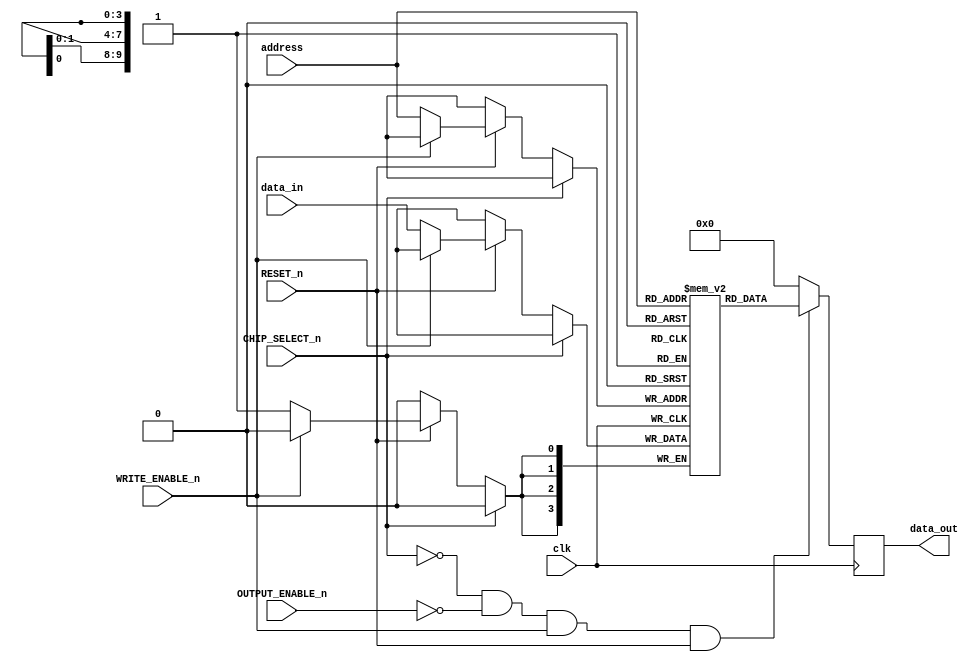
/*
Am9150 1024x4 High-Speed Static R/W RAM 

DISTINCTIVE CHARACTERISTICS
 1024 x 4 organization 
 High speed - 20 ns Max. access time 
 Separate data inputs and outputs 
 Memory reset function 
 High density SLIM 24-pin 300-MIL package 
 Three-state output buffers 
 Single + 5 V power supply  10% 
 Low-power version 

GENERAL DESCRIPTION

The Am9150 is a high-performance, static, n-channel, read/write, random-access memory organized as 1024 x 4. 
It features single 5 V supply operation, TTL-compatible input and output levels, and separate input and output pins for improved system performance and ease of use. 

The Am9150 also incorporates a reset feature which will reset the entire contents of the memory to logical LOW in two cycle times by controlling /R (RESET) and /S (CS). 
The Am9150 has four control signals /R, /S, /W and /G. 
The /S input controls read, write and reset operations of the device and provides for easy selection of an individual device when the outputs are tied together. 
The /W (/WE) input controls the normal read and write operations, and the /G (/OE) controls the state of the outputs. 

http://www.sintran.com/library/libother/extern/AM9150.pdf

*/
module Am9150_w_clock (
    input wire clk,                 // Clock input (not part of the original Am9150, but useful for simulation)
    input wire [9:0] address,       // 10-bit address for 1024 locations
    input wire [3:0] data_in,       // 4-bit data input (D0-D3)
    output reg [3:0] data_out,      // 4-bit data output (Q0-Q3)
    input wire WRITE_ENABLE_n,      // Write Enable (active low)
    input wire CHIP_SELECT_n,       // Chip Select (active low)
    input wire OUTPUT_ENABLE_n,     // Output Enable (active low)
    input wire RESET_n              // Reset (active low)
);
    //integer i;

    // Memory array
    reg [3:0] memory_array [1023:0];

    // Read, write and reset operations
    always @(posedge clk) begin

        if (!CHIP_SELECT_n) begin
            if (!RESET_n) begin
                // Reset operation: set all memory locations to 0                
                // Doesnt work with block-ram.. 
                // TODO: Need to find a way to reset the block-ram
                //for (i = 0; i < 1024; i = i + 1) begin
                //    memory_array[i] <= 4'b0000;
                //end
            end else if (!WRITE_ENABLE_n) begin
                // Write operation: active when chip is selected and write enable is low
                memory_array[address] <= data_in;
            end
        end
    end

    // Output data
    always @(posedge clk) begin
        if (!CHIP_SELECT_n && !OUTPUT_ENABLE_n && WRITE_ENABLE_n && RESET_n) begin
            // Read operation: active when chip is selected and output enable is low
            data_out <= memory_array[address];
        end else begin
            data_out <= 4'b0; // High-impedance state when not reading
        end
    end

endmodule